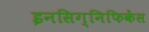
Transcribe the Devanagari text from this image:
इनसिग्निफिकेंस